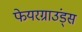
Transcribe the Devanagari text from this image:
फेयरग्राउंड्स